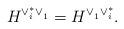
LaTeX: \begin{align*}H^{\vee^{*}_i\vee ^{}_{1}}=H^{\vee ^{}_{1} \vee^{*}_i} .\end{align*}